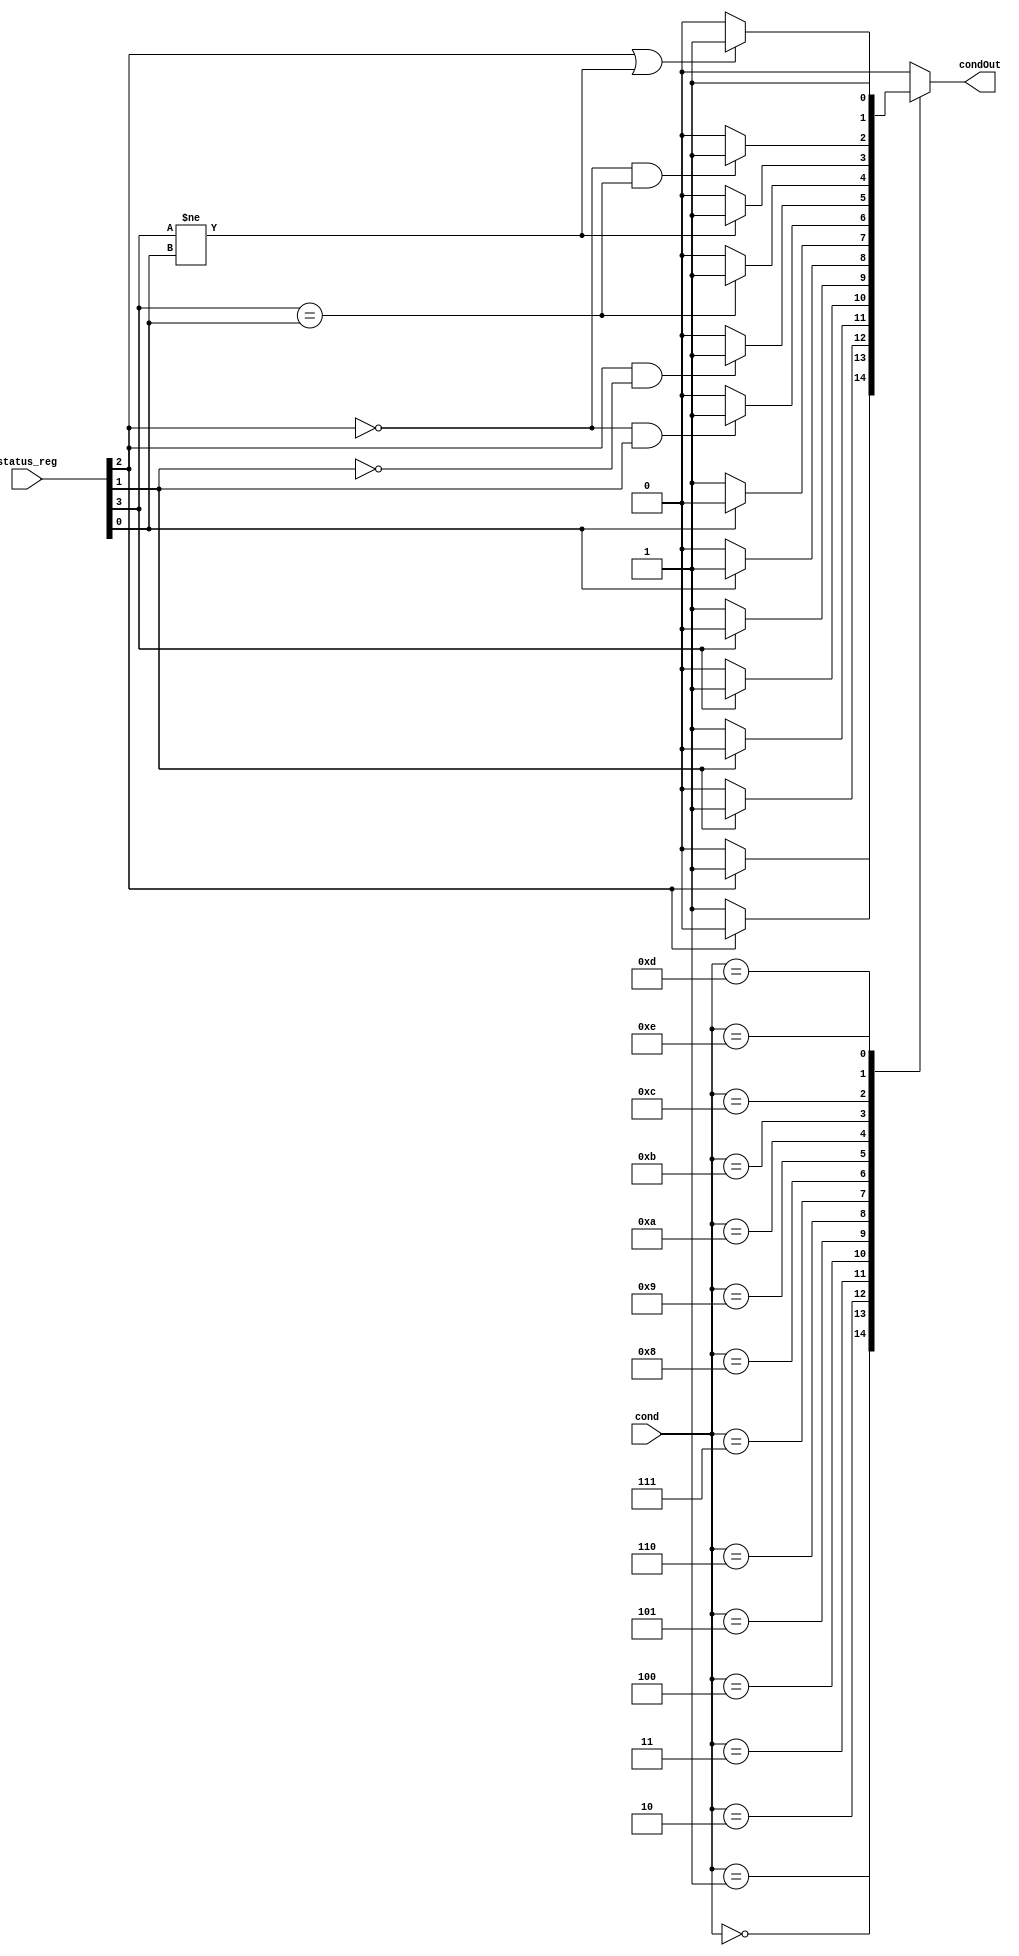
`timescale 1ns/1ns

module CONDITION_CHECK (
  input [3:0] cond, status_reg,
  output condOut
  );
  //3:N | 2:Z | 1:C | 0:V
  reg out;
	always@(cond, status_reg) begin
	  out = 1'b0;
		case(cond)
      4'b0000: begin //EQ
		    if( status_reg[2] == 1'b1) begin
				  out = 1'b1;
				end
			end
			4'b0001: begin //NE
			  if( status_reg[2] == 1'b0) begin
			    out = 1'b1;
			  end
			end
			4'b0010: begin //CS/HS
			  if( status_reg[1] == 1'b1) begin
			    out = 1'b1;
			  end
			end
			4'b0011: begin //CC/LO
			  if( status_reg[1] == 1'b0) begin
			    out = 1'b1;
			  end
			end
			4'b0100: begin //MI
			  if( status_reg[3] == 1'b1) begin
			    out = 1'b1;
			  end
			end
			4'b0101: begin //PL
			  if( status_reg[3] == 1'b0) begin
			    out = 1'b1;
			  end
			end
			4'b0110: begin //VS
			  if( status_reg[0] == 1'b1) begin
			    out = 1'b1;
			  end
			end	
			4'b0111: begin //VC
			  if( status_reg[0] == 1'b0) begin
			    out = 1'b1;
			  end
			end	
			4'b1000: begin //HI
			  if( (status_reg[2] == 1'b0) && (status_reg[1] == 1'b1)) begin
			    out = 1'b1;
			  end
			end	
			4'b1001: begin //LS
			  if( (status_reg[2] == 1'b1) && (status_reg[1] == 1'b0)) begin
			    out = 1'b1;
			  end
			end	
			4'b1010: begin //GE
			  if( status_reg[3] == status_reg[0]) begin
			    out = 1'b1;
			  end
			end	
			4'b1011: begin //LT
			  if( status_reg[3] != status_reg[0]) begin
			    out = 1'b1;
			  end
			end	
			4'b1100: begin //GT
			  if( (status_reg[2] == 1'b0) && (status_reg[3] == status_reg[0])) begin
			    out = 1'b1;
			  end
			end	
			4'b1101: begin //LE
			  if( (status_reg[2] == 1'b1) || (status_reg[3] != status_reg[0])) begin
			    out = 1'b1;
			  end
			end	
			4'b1110: begin //AL-NOP
			  out = 1'b1;
			end	
		  default: begin
		    out = 1'b0;
	    end
		endcase
  end
  assign condOut = out;
endmodule